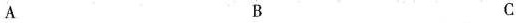
A B C